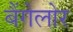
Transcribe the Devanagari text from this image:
बैंगेलोर